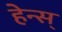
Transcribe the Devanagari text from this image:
हेन्स्